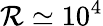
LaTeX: \mathcal{R}\simeq 10^{4}